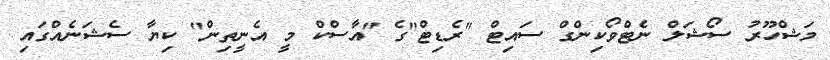
މަޝްހޫރު ސޯޝަލް ނެޓްވޯކިންގް ސައިޓް "ރެޑިޓް"ގެ "އާސްކް މީ އެނީތިން" ކިޔާ ސެޝަނެއްގައި